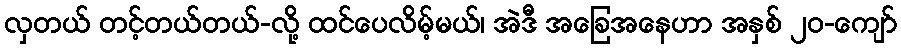
လှတယ် တင့်တယ်တယ်-လို့ ထင်ပေလိမ့်မယ်၊ အဲဒီ အခြေအနေဟာ အနှစ် ၂၀-ကျော်